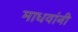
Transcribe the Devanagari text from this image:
माधवांनी